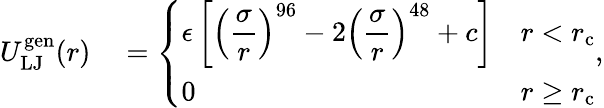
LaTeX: \begin{array}{rl}{U_{\mathrm{LJ}}^{\mathrm{gen}}(r)}&{{}=\left\{ \begin{array}{ll}{\displaystyle\epsilon\left[\left(\frac{\sigma}{r}\right)^{96}-2\left(\frac{\sigma}{r}\right)^{48}+c\right]}&{r<r_{\mathrm{c}}}\\ {0}&{r\ge r_{\mathrm{c}}}\end{array}\right.,}\end{array}